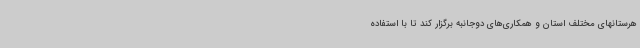
هرستانهای مختلف استان و همکاری‌های دوجانبه برگزار کند تا با استفاده